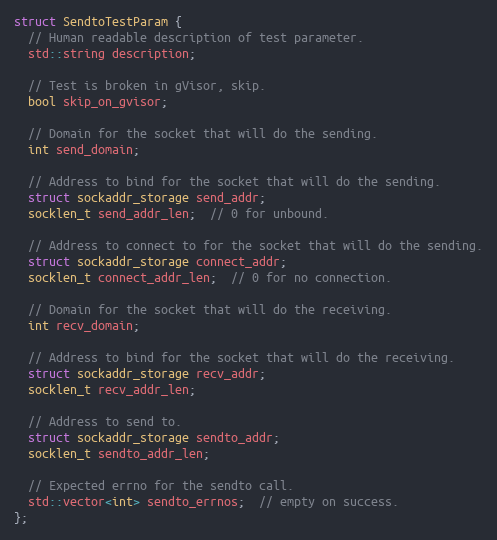
Language: C++
struct SendtoTestParam {
  // Human readable description of test parameter.
  std::string description;

  // Test is broken in gVisor, skip.
  bool skip_on_gvisor;

  // Domain for the socket that will do the sending.
  int send_domain;

  // Address to bind for the socket that will do the sending.
  struct sockaddr_storage send_addr;
  socklen_t send_addr_len;  // 0 for unbound.

  // Address to connect to for the socket that will do the sending.
  struct sockaddr_storage connect_addr;
  socklen_t connect_addr_len;  // 0 for no connection.

  // Domain for the socket that will do the receiving.
  int recv_domain;

  // Address to bind for the socket that will do the receiving.
  struct sockaddr_storage recv_addr;
  socklen_t recv_addr_len;

  // Address to send to.
  struct sockaddr_storage sendto_addr;
  socklen_t sendto_addr_len;

  // Expected errno for the sendto call.
  std::vector<int> sendto_errnos;  // empty on success.
};